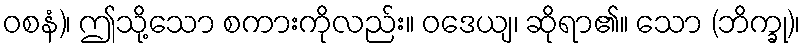
ဝစနံ)၊ ဤသို့သော စကားကိုလည်း။ ဝဒေယျ၊ ဆိုရာ၏။ သော (ဘိက္ခု)၊